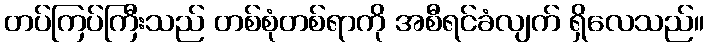
တပ်ကြပ်ကြီးသည် တစ်စုံတစ်ရာကို အစီရင်ခံလျက် ရှိလေသည်။